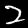
Label: 2